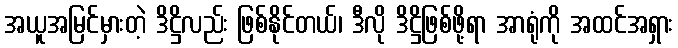
အယူအမြင်မှားတဲ့ ဒိဋ္ဌိလည်း ဖြစ်နိုင်တယ်၊ ဒီလို ဒိဋ္ဌိဖြစ်ဖို့ရာ အာရုံကို အထင်အရှား